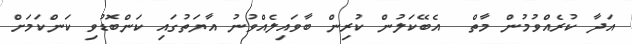
އަދާ ކުރެއްވުމުން މާތް  އެބޭކަލުން ކުރިން ބާވައިލެއްވުނު އާޔަތުގައި ކަންބޮޑުވި ކަންކަމަށް